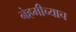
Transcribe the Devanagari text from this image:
नेहमीच्याच